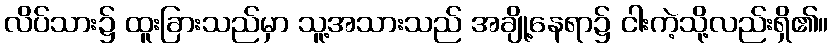
လိပ်သား၌ ထူးခြားသည်မှာ သူ့အသားသည် အချို့နေရာ၌ ငါးကဲ့သို့လည်းရှိ၏။